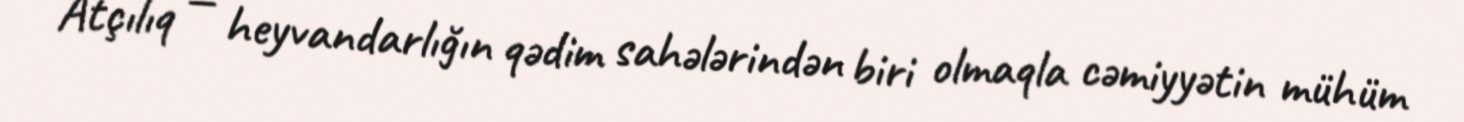
Atçılıq — heyvandarlığın qədim sahələrindən biri olmaqla cəmiyyətin mühüm